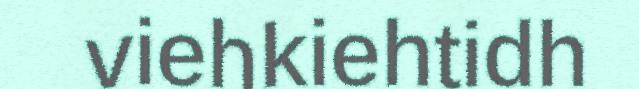
viehkiehtidh